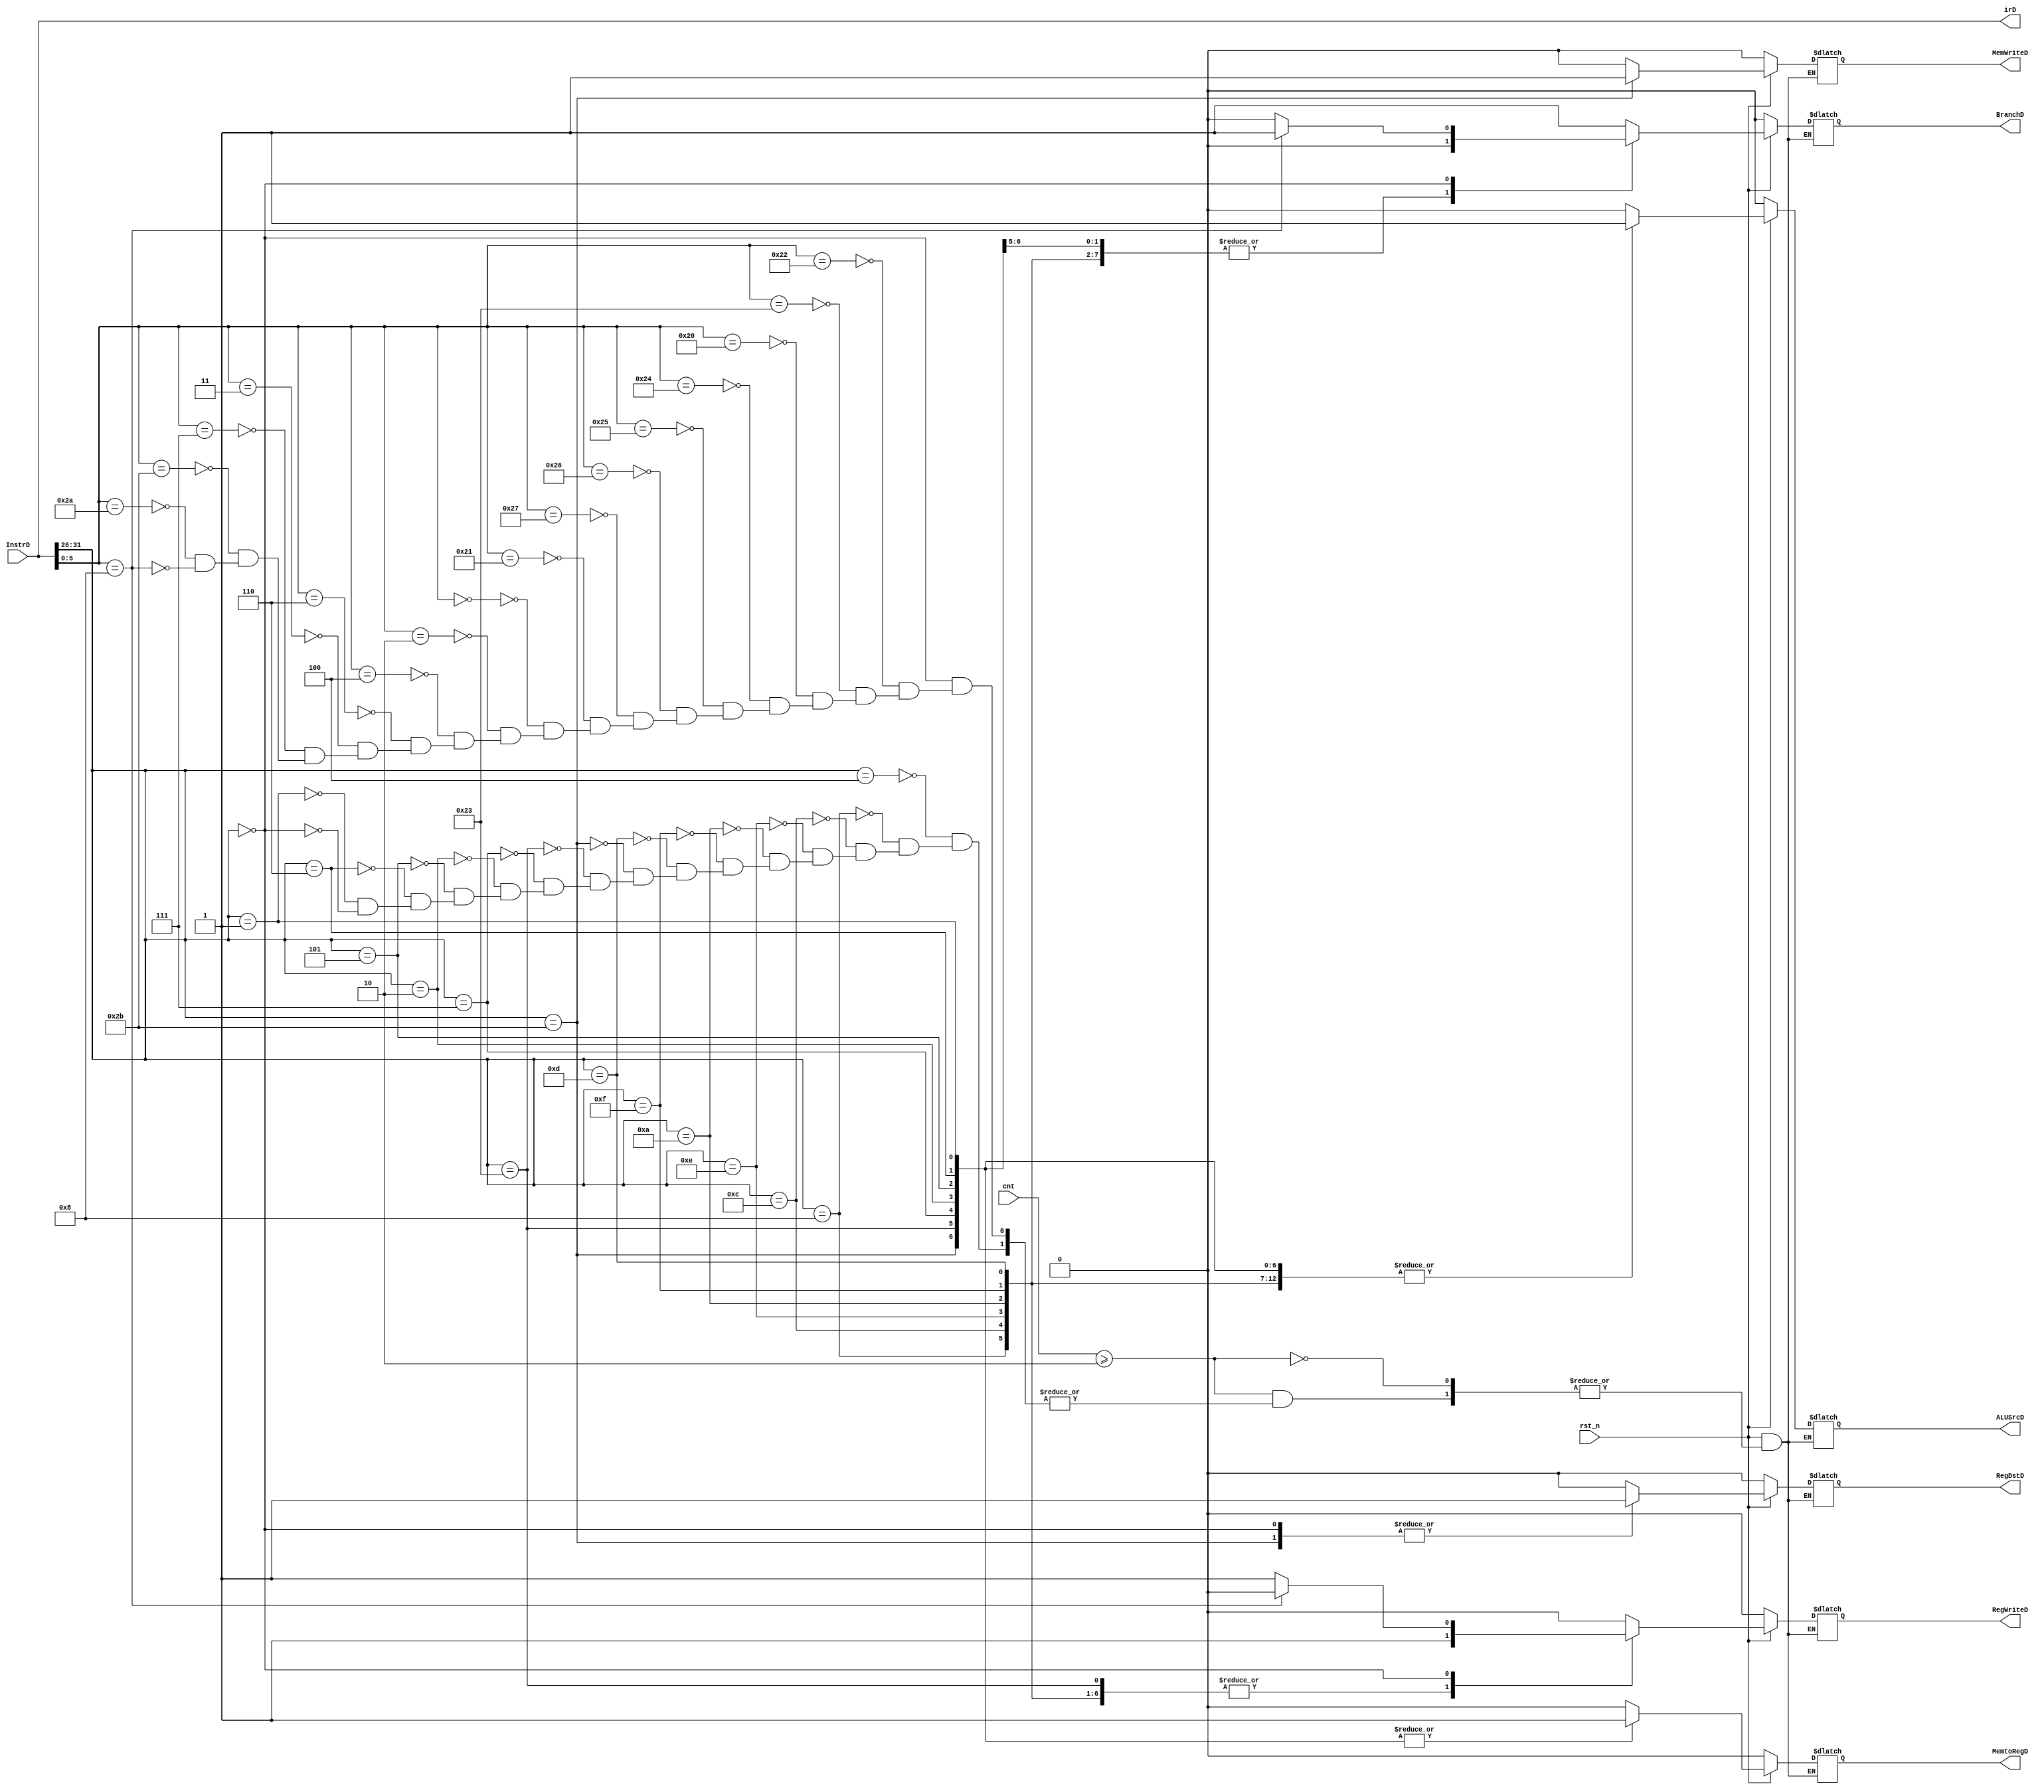
`timescale 1ns / 1ps
//////////////////////////////////////////////////////////////////////////////////
// Company: 
// Engineer: 
// 
// Design Name: 
// Module Name:    cu 
// Project Name: 
// Target Devices: 
// Tool versions: 
// Description: 
//
// Dependencies: 
//
// Revision: 
// Revision 0.01 - File Created
// Additional Comments: 
//
//////////////////////////////////////////////////////////////////////////////////
module cu(
	input rst_n,
	input [3:0] cnt,
	input [31:0] InstrD,
	output [31:0] irD,
	output reg RegWriteD,
	output reg MemtoRegD,
	output reg MemWriteD,
//	output reg [2:0] ALUControlD,
	output reg ALUSrcD,
	output reg RegDstD,
	output reg BranchD
    );

parameter ADDI = 6'b001000;
parameter SW = 6'b101011;
parameter LW = 6'b100011;
parameter BGTZ = 6'b000111;
parameter BLEZ = 6'b000110;
parameter BGEZ = 6'b000001;
parameter J = 6'b000010;
parameter ANDI = 6'b001100;
parameter BNE = 6'b000101;
parameter LUI = 6'b001111;
parameter ORI = 6'b001101;
parameter SLTI = 6'b001010;
parameter SLTIU = 6'b001011;
parameter BEQ = 6'b000100;
parameter XORI = 6'b001110;
parameter SUB = 6'b100010; //add, sub, addu, subu, and, or, xor, nor, jr, nop, slt, sltu, sll, srl, sllv, srlv, sra, srav
parameter SUBU = 6'b100011; //add, sub, addu, subu, and, or, xor, nor, jr, nop, slt, sltu, sll, srl, sllv, srlv, sra, srav
parameter AND = 6'b100100; //add, sub, addu, subu, and, or, xor, nor, jr, nop, slt, sltu, sll, srl, sllv, srlv, sra, srav
parameter OR = 6'b100101; //add, sub, addu, subu, and, or, xor, nor, jr, nop, slt, sltu, sll, srl, sllv, srlv, sra, srav
parameter XOR = 6'b100110; //add, sub, addu, subu, and, or, xor, nor, jr, nop, slt, sltu, sll, srl, sllv, srlv, sra, srav
parameter NOR = 6'b100111; //add, sub, addu, subu, and, or, xor, nor, jr, nop, slt, sltu, sll, srl, sllv, srlv, sra, srav
parameter ADD = 6'b100000; //add, sub, addu, subu, and, or, xor, nor, jr, nop, slt, sltu, sll, srl, sllv, srlv, sra, srav
parameter ADDU = 6'b100001; //add, sub, addu, subu, and, or, xor, nor, jr, nop, slt, sltu, sll, srl, sllv, srlv, sra, srav
parameter SLL = 6'b000000; //add, sub, addu, subu, and, or, xor, nor, jr, nop, slt, sltu, sll, srl, sllv, srlv, sra, srav
parameter SRL = 6'b000010; //add, sub, addu, subu, and, or, xor, nor, jr, nop, slt, sltu, sll, srl, sllv, srlv, sra, srav
parameter SLLV = 6'b000100; //add, sub, addu, subu, and, or, xor, nor, jr, nop, slt, sltu, sll, srl, sllv, srlv, sra, srav
parameter SRLV = 6'b000110; //add, sub, addu, subu, and, or, xor, nor, jr, nop, slt, sltu, sll, srl, sllv, srlv, sra, srav
parameter SRA = 6'b000011; //add, sub, addu, subu, and, or, xor, nor, jr, nop, slt, sltu, sll, srl, sllv, srlv, sra, srav
parameter SRAV = 6'b000111;//add, sub, addu, subu, and, or, xor, nor, jr, nop, slt, sltu, sll, srl, sllv, srlv, sra, srav
parameter SLTU = 6'b101011; //add, sub, addu, subu, and, or, xor, nor, jr, nop, slt, sltu, sll, srl, sllv, srlv, sra, srav
parameter SLT = 6'b101010; //add, sub, addu, subu, and, or, xor, nor, jr, nop, slt, sltu, sll, srl, sllv, srlv, sra, srav
parameter NOP = 6'b000000; //add, sub, addu, subu, and, or, xor, nor, jr, nop, slt, sltu, sll, srl, sllv, srlv, sra, srav
parameter JR = 6'b001000; //add, sub, addu, subu, and, or, xor, nor, jr, nop, slt, sltu, sll, srl, sllv, srlv, sra, srav

assign irD = InstrD;

always@(*)
begin
	if(!rst_n)
		begin
			RegWriteD <= 0;
			MemtoRegD <= 0;
			MemWriteD <= 0;
			ALUSrcD <= 0;
			RegDstD <= 0;
			BranchD <= 0;
		end
	else if(cnt >= 2)
		begin
			case(InstrD[31:26])
				BEQ:
					begin
						RegWriteD <= 0;
						MemtoRegD <= 0;
						MemWriteD <= 0;
						ALUSrcD <= 0;
						RegDstD <= 0;
						BranchD <= 1;
					end
				ADDI:
					begin
						RegWriteD <= 1;
						MemtoRegD <= 0;
						MemWriteD <= 0;
						ALUSrcD <= 1;
						RegDstD <= 0;
						BranchD <= 0;
					end
				ANDI:
					begin
						RegWriteD <= 1;
						MemtoRegD <= 0;
						MemWriteD <= 0;
						ALUSrcD <= 1;
						RegDstD <= 0;
						BranchD <= 0;
					end
				XORI:
					begin
						RegWriteD <= 1;
						MemtoRegD <= 0;
						MemWriteD <= 0;
						ALUSrcD <= 1;
						RegDstD <= 0;
						BranchD <= 0;
					end
				SLTI:
					begin
						RegWriteD <= 1;
						MemtoRegD <= 0;
						MemWriteD <= 0;
						ALUSrcD <= 1;
						RegDstD <= 0;
						BranchD <= 0;
					end
				LUI:
					begin
						RegWriteD <= 1;
						MemtoRegD <= 0;
						MemWriteD <= 0;
						ALUSrcD <= 1;
						RegDstD <= 0;
						BranchD <= 0;
					end
				ORI:
					begin
						RegWriteD <= 1;
						MemtoRegD <= 0;
						MemWriteD <= 0;
						ALUSrcD <= 1;
						RegDstD <= 0;
						BranchD <= 0;
					end
				SW:
					begin
						RegWriteD <= 0;
						MemtoRegD <= 1;
						MemWriteD <= 1;
						ALUSrcD <= 1;
						RegDstD <= 1; //...
						BranchD <= 0;
					end
				LW:
					begin
						RegWriteD <= 1;
						MemtoRegD <= 1;
						MemWriteD <= 0;
						ALUSrcD <= 1;
						RegDstD <= 0;
						BranchD <= 0;
					end
				BGTZ:
					begin
						RegWriteD <= 0;
						MemtoRegD <= 1;
						MemWriteD <= 0;
						ALUSrcD <= 1;
						RegDstD <= 0;
						BranchD <= 1;
					end
				J:
					begin
						RegWriteD <= 0;
						MemtoRegD <= 1;
						MemWriteD <= 0;
						ALUSrcD <= 1;
						RegDstD <= 0;
						BranchD <= 1;
					end
				BNE:
					begin
						RegWriteD <= 0;
						MemtoRegD <= 1;
						MemWriteD <= 0;
						ALUSrcD <= 1;
						RegDstD <= 0;
						BranchD <= 1;
					end
				BLEZ:
					begin
						RegWriteD <= 0;
						MemtoRegD <= 1;
						MemWriteD <= 0;
						ALUSrcD <= 1;
						RegDstD <= 0;
						BranchD <= 1;
					end
				BGEZ: //BLTZ
					begin
						RegWriteD <= 0;
						MemtoRegD <= 1;
						MemWriteD <= 0;
						ALUSrcD <= 1;
						RegDstD <= 0;
						BranchD <= 1;
					end
				6'b0:
					begin
						case(InstrD[5:0])
							SUB:
								begin
									RegWriteD <= 1;
									MemtoRegD <= 0;
									MemWriteD <= 0;
									ALUSrcD <= 0;
									RegDstD <= 1;
									BranchD <= 0;
								end
							SUBU:
								begin
									RegWriteD <= 1;
									MemtoRegD <= 0;
									MemWriteD <= 0;
									ALUSrcD <= 0;
									RegDstD <= 1;
									BranchD <= 0;
								end
							ADD:
								begin
									RegWriteD <= 1;
									MemtoRegD <= 0;
									MemWriteD <= 0;
									ALUSrcD <= 0;
									RegDstD <= 1;
									BranchD <= 0;
								end
							AND:
								begin
									RegWriteD <= 1;
									MemtoRegD <= 0;
									MemWriteD <= 0;
									ALUSrcD <= 0;
									RegDstD <= 1;
									BranchD <= 0;
								end
							OR:
								begin
									RegWriteD <= 1;
									MemtoRegD <= 0;
									MemWriteD <= 0;
									ALUSrcD <= 0;
									RegDstD <= 1;
									BranchD <= 0;
								end
							XOR:
								begin
									RegWriteD <= 1;
									MemtoRegD <= 0;
									MemWriteD <= 0;
									ALUSrcD <= 0;
									RegDstD <= 1;
									BranchD <= 0;
								end
							NOR:
								begin
									RegWriteD <= 1;
									MemtoRegD <= 0;
									MemWriteD <= 0;
									ALUSrcD <= 0;
									RegDstD <= 1;
									BranchD <= 0;
								end
							ADDU:
								begin
									RegWriteD <= 1;
									MemtoRegD <= 0;
									MemWriteD <= 0;
									ALUSrcD <= 0;
									RegDstD <= 1;
									BranchD <= 0;
								end
							SLL:
								begin
									RegWriteD <= 1;
									MemtoRegD <= 0;
									MemWriteD <= 0;
									ALUSrcD <= 0;
									RegDstD <= 1;
									BranchD <= 0;
								end
							SRL:
								begin
									RegWriteD <= 1;
									MemtoRegD <= 0;
									MemWriteD <= 0;
									ALUSrcD <= 0;
									RegDstD <= 1;
									BranchD <= 0;
								end
							SLLV:
								begin
									RegWriteD <= 1;
									MemtoRegD <= 0;
									MemWriteD <= 0;
									ALUSrcD <= 0;
									RegDstD <= 1;
									BranchD <= 0;
								end
							SRLV:
								begin
									RegWriteD <= 1;
									MemtoRegD <= 0;
									MemWriteD <= 0;
									ALUSrcD <= 0;
									RegDstD <= 1;
									BranchD <= 0;
								end
							SRA:
								begin
									RegWriteD <= 1;
									MemtoRegD <= 0;
									MemWriteD <= 0;
									ALUSrcD <= 0;
									RegDstD <= 1;
									BranchD <= 0;
								end
							SRAV:
								begin
									RegWriteD <= 1;
									MemtoRegD <= 0;
									MemWriteD <= 0;
									ALUSrcD <= 0;
									RegDstD <= 1;
									BranchD <= 0;
								end
							SLTU:
								begin
									RegWriteD <= 1;
									MemtoRegD <= 0;
									MemWriteD <= 0;
									ALUSrcD <= 0;
									RegDstD <= 1;
									BranchD <= 0;
								end
							SLT:
								begin
									RegWriteD <= 1;
									MemtoRegD <= 0;
									MemWriteD <= 0;
									ALUSrcD <= 0;
									RegDstD <= 1;
									BranchD <= 0;
								end
							//NOPSLL $0, $0, 0
							JR:
								begin
									RegWriteD <= 0;
									MemtoRegD <= 0;
									MemWriteD <= 0;
									ALUSrcD <= 0;
									RegDstD <= 1;
									BranchD <= 1;
								end
						endcase
					end
			endcase
		end
end
endmodule